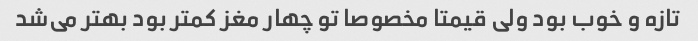
تازه و خوب بود ولی قیمتا مخصوصا تو‌ چهار مغز کمتر بود بهتر می‌شد